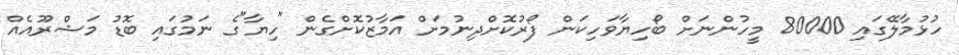
ހުޅުމާލޭގައި 80000 މީހުންނަށް ބޯހިޔާވަހިކަން ފޯރުކޮށްދިނުމަށް އަމާޒުކޮށްގެން "ހިޔާ"ގެ ނަމުގައި ބޮޑު މަޝްރޫއެއް